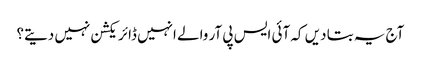
آج یہ بتا دیں کہ آئی ایس پی آر والے انہیں ڈائریکشن نہیں دیتے؟